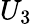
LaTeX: U_{3}